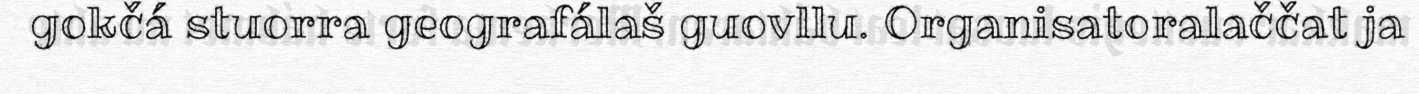
gokčá stuorra geografálaš guovllu. Organisatoralaččat ja